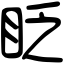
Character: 眨